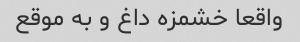
واقعا خشمزه داغ و به موقع